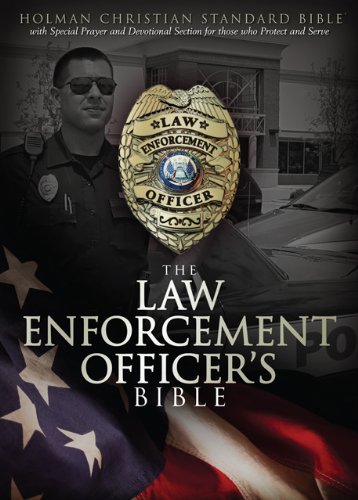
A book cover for HCSB Law Enforcement Officer's Bible, Black LeatherTouch; Law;